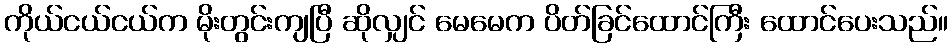
ကိုယ်ငယ်ငယ်က မိုးတွင်းကျပြီ ဆိုလျှင် မေမေက ပိတ်ခြင်ထောင်ကြီး ထောင်ပေးသည်။